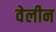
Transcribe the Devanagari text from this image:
वेलीन